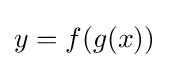
y=f(g(x))